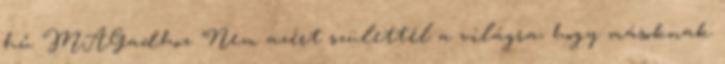
hű MAGadhoz "Nem azért születtél a világra, hogy másoknak